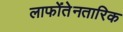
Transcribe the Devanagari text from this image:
लाफोंतेनतारिक